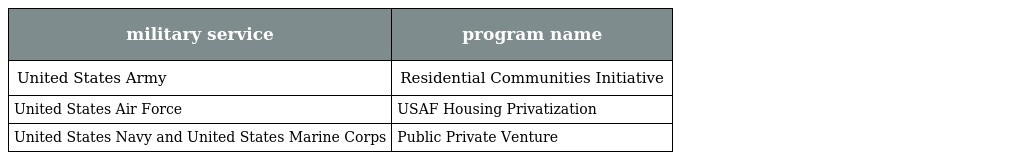
| military service | program name |
 | --- | --- |
 | United States Army | Residential Communities Initiative |
 | United States Air Force | USAF Housing Privatization |
 | United States Navy and United States Marine Corps | Public Private Venture |